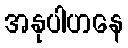
အနုပါဟနေ